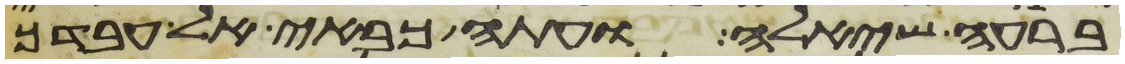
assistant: ברעה שאלה ועתה כבאי אל עבדך